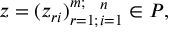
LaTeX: z = ( z _ { r i } ) _ { r = 1 ; } ^ { m ; } { } _ { i = 1 } ^ { n } \in { \cal P } ,